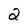
Character: 2